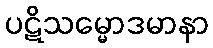
ပဋိသမ္မောဒမာနာ